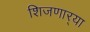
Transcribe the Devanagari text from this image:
शिजणार्‍या